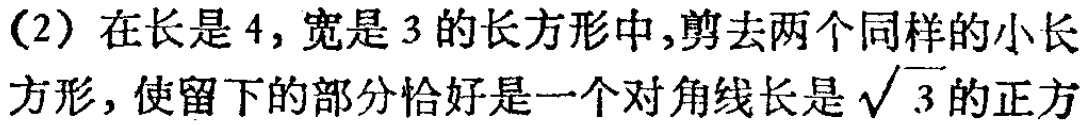
(2) 在长是 4, 宽是 3 的长方形中,剪去两个同样的小长方形,使留下的部分恰好是一个对角线长是\(\sqrt{3}\)的正方